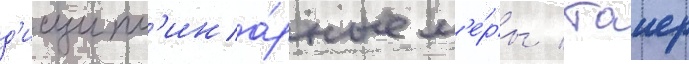
д'исципл'ина́рные м'е́ры / таиер